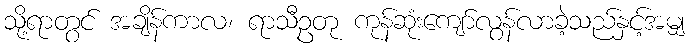
သို့ရာတွင် အချိန်ကာလ၊ ရာသီဥတု ကုန်ဆုံးကျော်လွန်လာခဲ့သည်နှင့်အမျှ